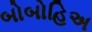
બોબોહિઅ